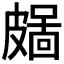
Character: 𥀜